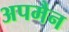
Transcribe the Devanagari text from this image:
अपमैन